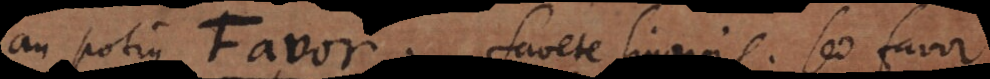
An potius Favor. Favete linguis. Sed favor